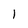
Character: 1